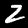
Digit: 2